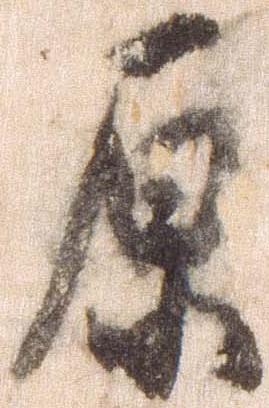
原